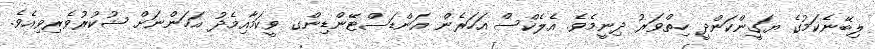
ލިބޭނެކަމުގެ ޔަގީންކަންދީ ހިތްވަރު ދިނީމެވެ. އެލެކްސް އަހަރެން އަންޑަސްޓޭންޑިންގ ވީކަމާއިމެދު އަހަންނަށް ޝުކުރުވެރިވިއެވެ.